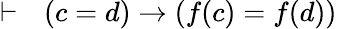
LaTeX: \vdash\ \ \left(c=d\right)\rightarrow\left(f(c)=f(d)\right)